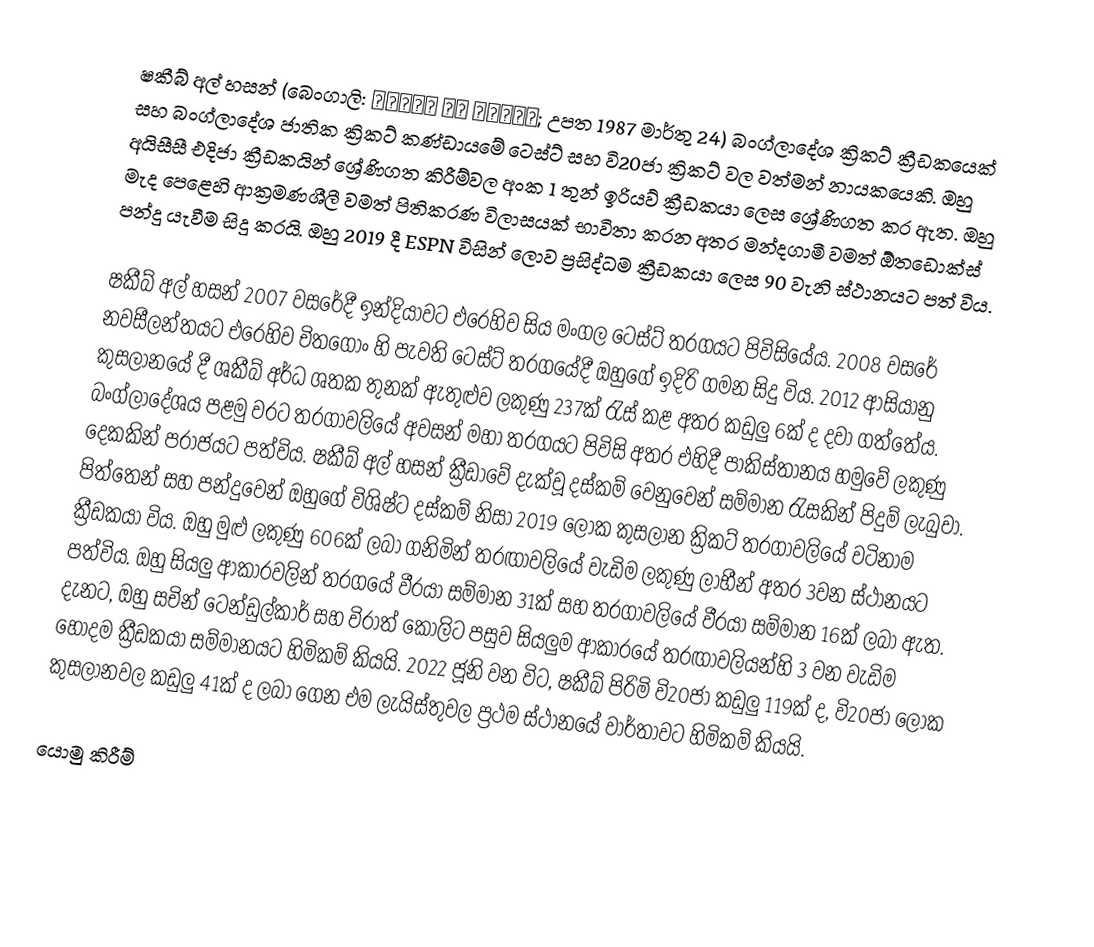
ෂකීබ් අල් හසන් (බෙංගාලි: সাকিব আল হাসান; උපත 1987 මාර්තු 24) බංග්ලාදේශ ක්‍රිකට් ක්‍රීඩකයෙක් සහ බංග්ලාදේශ ජාතික ක්‍රිකට් කණ්ඩායමේ ටෙස්ට් සහ වි20ජා ක්‍රිකට් වල වත්මන් නායකයෙකි. ඔහු අයිසීසී එදිජා ක්‍රීඩකයින් ශ්‍රේණිගත කිරීම්වල අංක 1 තුන් ඉරියව් ක්‍රීඩකයා ලෙස ශ්‍රේණිගත කර ඇත. ඔහු මැද පෙළෙහි ආක්‍රමණශීලී වමත් පිතිකරණ විලාසයක් භාවිතා කරන අතර මන්දගාමී වමත් ඕතඩොක්ස් පන්දු යැවීම සිදු කරයි. ඔහු 2019 දී ESPN විසින් ලොව ප්‍රසිද්ධම ක්‍රීඩකයා ලෙස 90 වැනි ස්ථානයට පත් විය.

ෂකීබ් අල් හසන් 2007 වසරේදී ඉන්දියාවට එරෙහිව සිය මංගල ටෙස්ට් තරගයට පිවිසියේය. 2008 වසරේ නවසීලන්තයට එරෙහිව චිතගොං හි පැවති ටෙස්ට් තරගයේදී ඔහුගේ ඉදිරි ගමන සිදු විය. 2012 ආසියානු කුසලානයේ දී ශකීබ් අර්ධ ශතක තුනක් ඇතුළුව ලකුණු 237ක් රැස් කළ අතර කඩුලු 6ක් ද දවා ගත්තේය. බංග්ලාදේශය පළමු වරට තරගාවලියේ අවසන් මහා තරගයට පිවිසි අතර එහිදී පාකිස්තානය හමුවේ ලකුණු දෙකකින් පරාජයට පත්විය. ෂකීබ් අල් හසන් ක්‍රීඩාවේ දැක්වූ දස්කම් වෙනුවෙන් සම්මාන රැසකින් පිදුම් ලැබුවා. පිත්තෙන් සහ පන්දුවෙන් ඔහුගේ විශිෂ්ට දස්කම් නිසා 2019 ලෝක කුසලාන ක්‍රිකට් තරගාවලියේ වටිනාම ක්‍රීඩකයා විය. ඔහු මුළු ලකුණු 606ක් ලබා ගනිමින් තරඟාවලියේ වැඩිම ලකුණු ලාභීන් අතර 3වන ස්ථානයට පත්විය. ඔහු සියලු ආකාරවලින් තරගයේ වීරයා සම්මාන 31ක් සහ තරගාවලියේ වීරයා සම්මාන 16ක් ලබා ඇත. දැනට, ඔහු සචින් ටෙන්ඩුල්කාර් සහ විරාත් කෝලිට පසුව සියලුම ආකාරයේ තරඟාවලියන්හි 3 වන වැඩිම හොදම ක්‍රීඩකයා සම්මානයට හිමිකම් කියයි. 2022 ජූනි වන විට, ෂකීබ් පිරිමි වි20ජා කඩුලු 119ක් ද, වි20ජා ලෝක කුසලානවල කඩුලු 41ක් ද ලබා ගෙන එම ලැයිස්තුවල ප්‍රථම ස්ථානයේ වාර්තාවට හිමිකම් කියයි.

යොමු කිරීම්